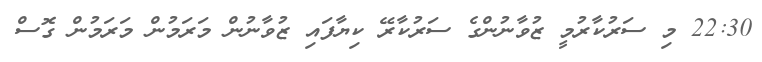
22:30 މި ސަރުކާރުމީ ޒުވާނުންގެ ސަރުކާރޭ ކިޔާފައި ޒުވާނުން މަރަމުން މަަރަމުން ގޮސް